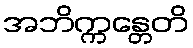
အဘိက္ကန္တေတိ